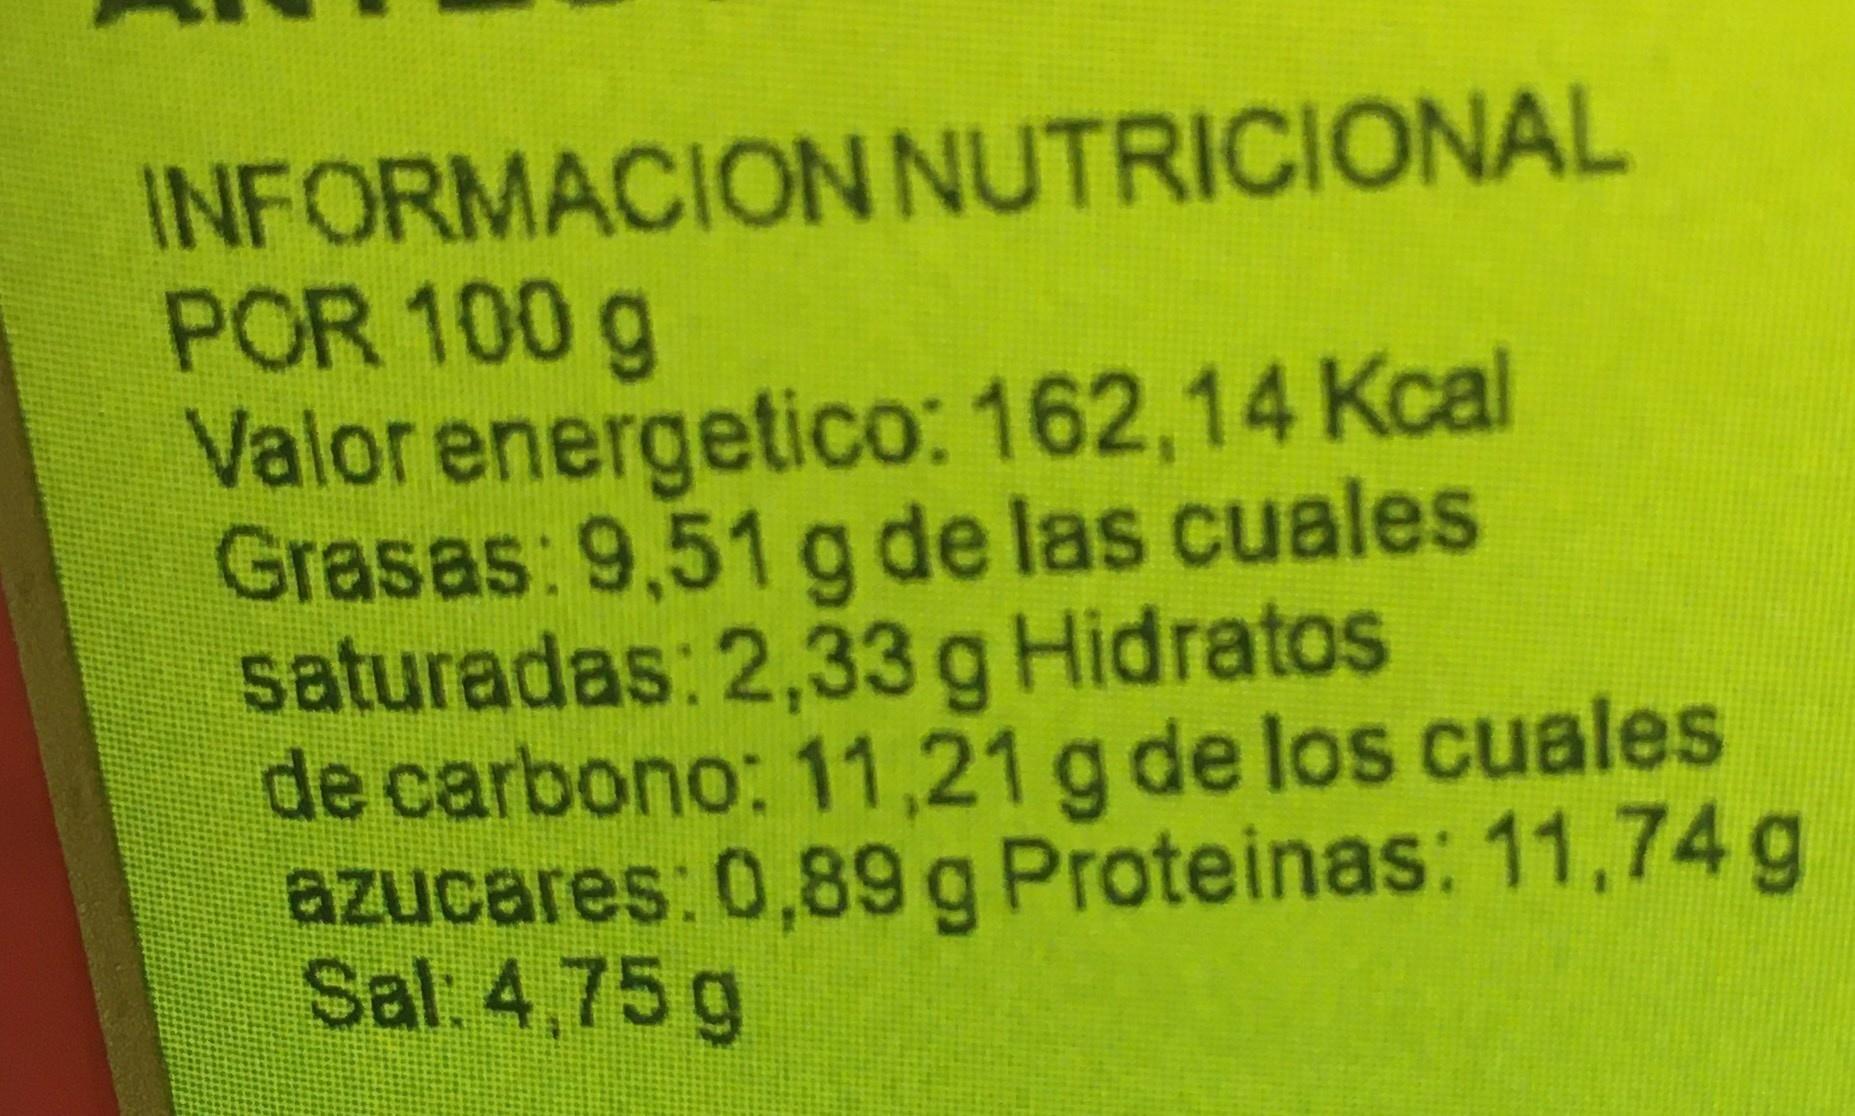
INFORMACION NUTRICIONAL POR 100 g Valor energetico: 162,14 Kcal Grasas: 9,51 g de las cuales saturadas: 2,33 g Hidratos de carbono: 11,21 g de los cuales azucares: 0,89 g Proteinas: 11,74g Sal 4,75 g